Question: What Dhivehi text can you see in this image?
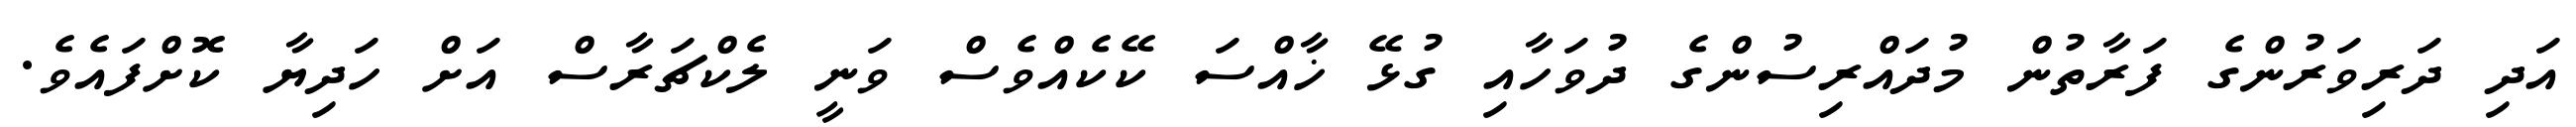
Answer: އަދި ދަރިވަރުންގެ ފަރާތުން މުދައްރިސުންގެ ދުވަހާއި ގުޅޭ ޚާއްސަ ކޭކެއްވެސް ވަނީ ލެކްޗަރާސް އަށް ހަދިޔާ ކޮށްފައެވެ.